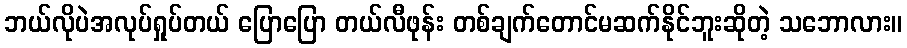
ဘယ်လိုပဲအလုပ်ရှုပ်တယ် ပြောပြော တယ်လီဖုန်း တစ်ချက်တောင်မဆက်နိုင်ဘူးဆိုတဲ့ သဘောလား။